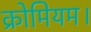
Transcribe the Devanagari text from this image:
क्रोमियम।